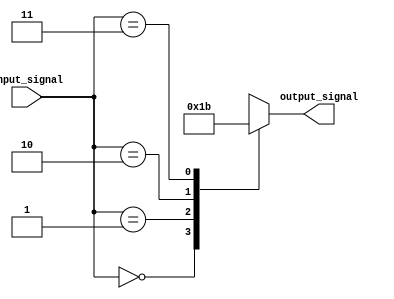
module case_statement_example(
    input [1:0] input_signal,
    output reg [1:0] output_signal
);

always @* begin
    case(input_signal)
        2'b00: output_signal = 2'b00; // if input_signal is 00
        2'b01: output_signal = 2'b01; // if input_signal is 01
        2'b10: output_signal = 2'b10; // if input_signal is 10
        2'b11: output_signal = 2'b11; // if input_signal is 11
        default: output_signal = 2'b00; // default case
    endcase
end

endmodule